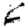
Digit: 6